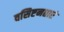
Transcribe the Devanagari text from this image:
वसिष्टनप्तारं